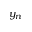
y _ { n }